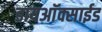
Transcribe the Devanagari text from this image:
डायअाॅक्साईड